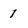
Character: 1